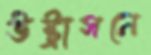
উষ্ট্রাসনে